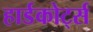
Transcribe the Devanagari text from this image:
हार्डकोर्ट्स